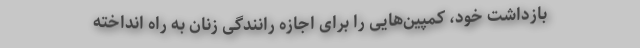
بازداشت خود، کمپین‌هایی را برای اجازه رانندگی زنان به راه انداخته